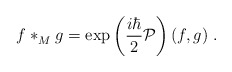
\begin{align*}f\ast^{}_{M}g=\exp\left(\frac{i\hbar}{2}{\cal P}\right)(f,g)\; .\end{align*}